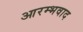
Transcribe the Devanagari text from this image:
आरम्भवाद